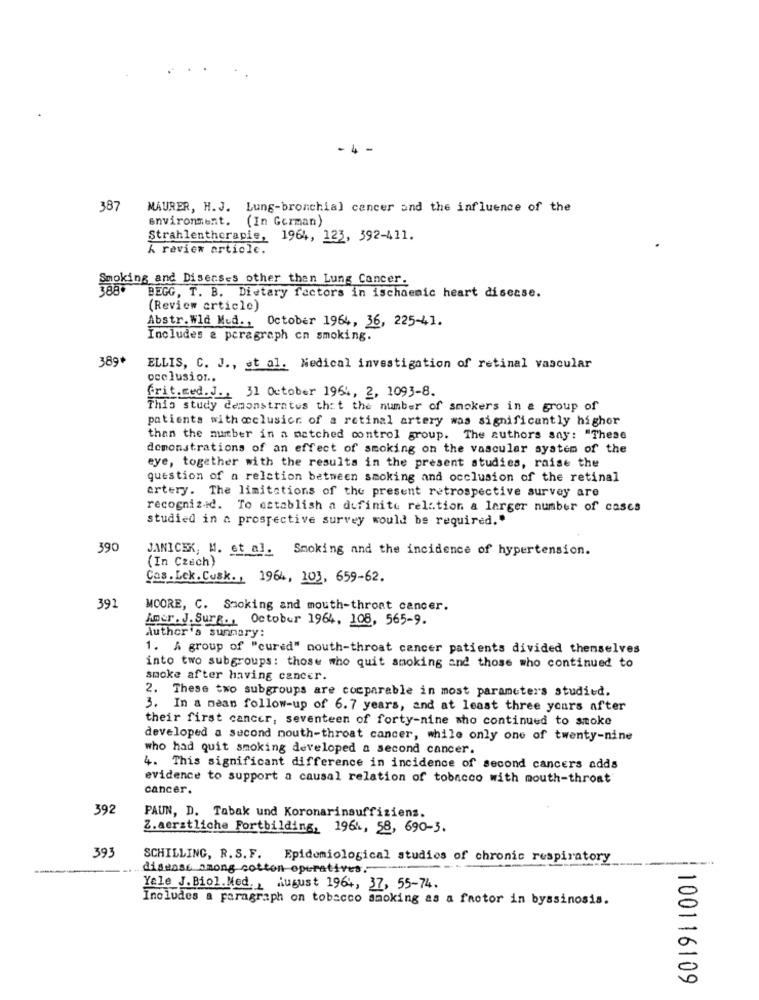
-4
387
MAURER, H. J. Lung-bronchial cancer and the influence of the
environment. (In German)
Strahlentherapie, 1964, 123, 392-411.
A review article.
Smoking and Diseases other then Lung Cancer.
BEGG, T. B. Dietary factors in ischaemic heart disease.
(Review article)
Abstr.Wld Med ., October 1964, 36, 225-41.
Includes a paragraph cn smoking.
389*
ELLIS, C. J ., et al. Nedical investigation of retinal vascular
occlusion ..
frit.med. J ., 31 October 1964, 2, 1093-8.
This study demonstrates that the number of smokers in a group of
patients with @clusicr of a retinal artery was significantly higher
than the number in a matched control group. The authors say: "These
demonstrations of an effect of smoking on the vascular system of the
eye, together with the results in the present studies, raise the
question of a relation between smoking and occlusion of the retinal
artery. The limitations of the present retrospective survey are
recognized. To establish a definite relation a larger number of cases
studied in a prospective survey would be required."
390
JANICEK, M. et al. Smoking and the incidence of hypertension.
(In Czech)
Ços. Lek. Cusk ., 1964, 203, 659-62.
391
MOORE, C. Smoking and mouth-thront cancer.
Amer. J. Sur .., October 1964, 108, 565-9.
Author's summary:
1. A group of "cured" nouth-throat cancer patients divided themselves
into two subgroups: those who quit smoking and those who continued to
smoke after having cancer.
2. These two subgroups are comparable in most parameters studied.
3. In a mean follow-up of 6.7 years, and at least three years after
their first cancer, seventeen of forty-nine who continued to smoke
developed a second mouth-throat cancer, while only one of twenty-nine
who had quit smoking developed a second cancer.
4. This significant difference in incidence of second cancers adds
evidence to support a causal relation of tobacco with mouth-throat
cancer.
392
PAUN, D. Tabak und Koronarinsuffizienz.
Z.aerstliche Fortbilding, 1961, 58, 690-3.
393
SCHILLING, R. S.F. Epidemiological studies of chronic respiratory
disense among cotton operatives .-
Yele J.Biol.Med. , August 1964, 37, 55-74.
Includes a paragraph on tobacco smoking as a factor in byssinosis.
100116109